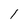
Character: 1